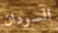
السودان